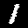
Label: 1